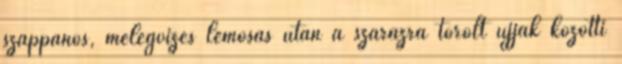
szappanos, melegvizes lemosás után a szárazra törölt ujjak kö­zöt­ti